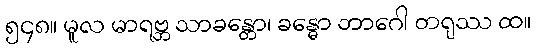
၅၄၈။ မူလ မာရဗ္ဘ သာခန္တော၊ ခန္ဓော ဘာဂေါ တရုဿ ထ။